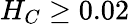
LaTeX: H_{C}\geq 0.02